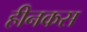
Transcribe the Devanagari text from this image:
हीनकस